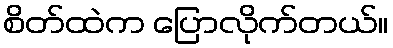
စိတ်ထဲက ပြောလိုက်တယ်။